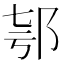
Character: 𨚤